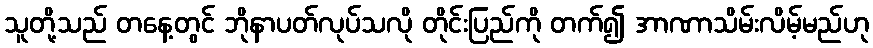
သူတို့သည် တနေ့တွင် ဘိုနာပတ်လုပ်သလို တိုင်းပြည်ကို တက်၍ အာဏာသိမ်းလိမ့်မည်ဟု